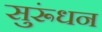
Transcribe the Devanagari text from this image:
सुरूंधन